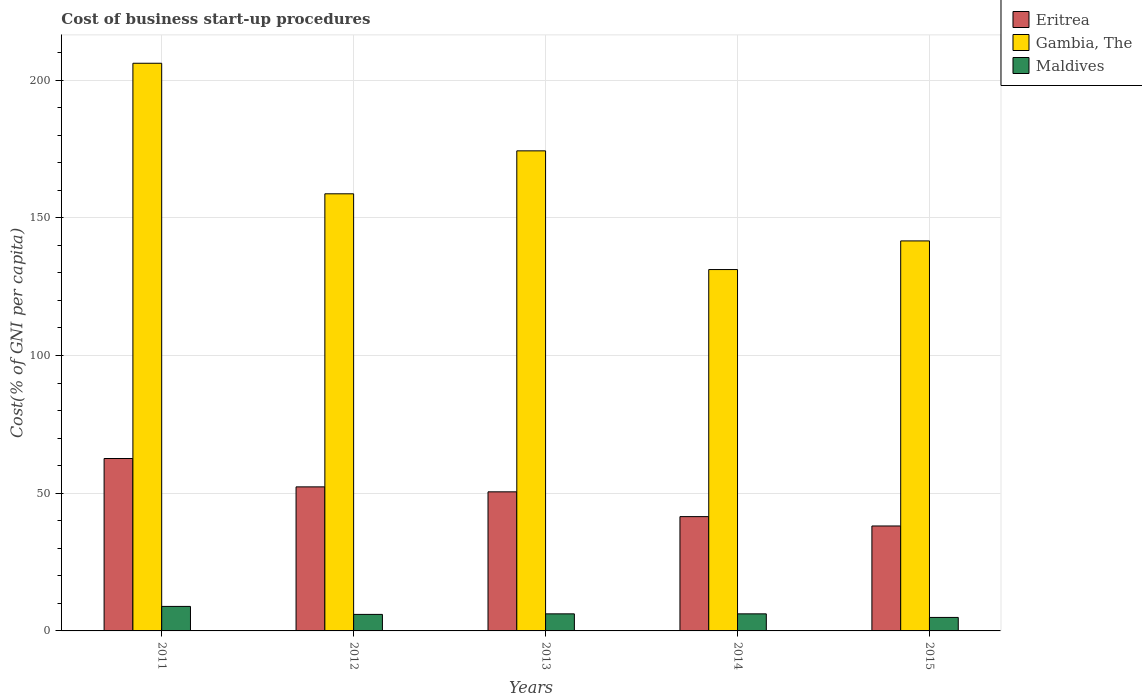
| Years | Eritrea | Gambia, The | Maldives |
 | --- | --- | --- | --- |
 | 2011 | 62.6 | 206 | 8.9 |
 | 2012 | 52.3 | 159 | 6 |
 | 2013 | 50.5 | 174 | 6.2 |
 | 2014 | 41.5 | 131 | 6.2 |
 | 2015 | 38.1 | 142 | 4.9 |